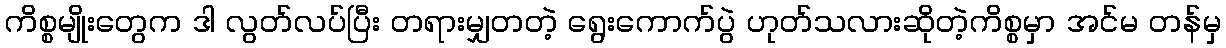
ကိစ္စမျိုးတွေက ဒါ လွတ်လပ်ပြီး တရားမျှတတဲ့ ရွေးကောက်ပွဲ ဟုတ်သလားဆိုတဲ့ကိစ္စမှာ အင်မ တန်မှ